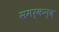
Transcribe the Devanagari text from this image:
समर्कन्द